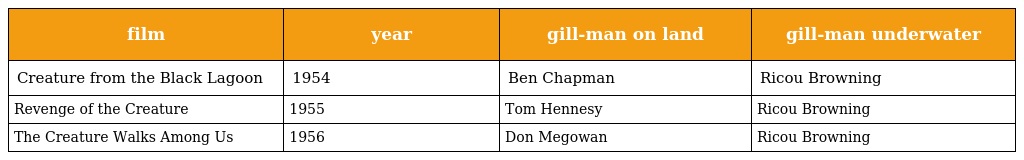
| film | year | gill-man on land | gill-man underwater |
 | --- | --- | --- | --- |
 | Creature from the Black Lagoon | 1954 | Ben Chapman | Ricou Browning |
 | Revenge of the Creature | 1955 | Tom Hennesy | Ricou Browning |
 | The Creature Walks Among Us | 1956 | Don Megowan | Ricou Browning |